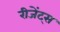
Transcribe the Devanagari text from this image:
रीजेंट्स